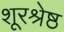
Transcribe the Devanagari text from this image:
शूरश्रेष्ठ